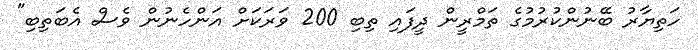
ހަތިޔާރު ބޭނުންކުރުމުގެ ތަމްރީން ދީފައި ތިބި 200 ވަރަކަށް އަންހެނުން ވެސް އެބަތިބި"